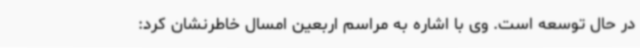
در حال توسعه است. وی با اشاره به مراسم اربعین امسال خاطرنشان کرد: